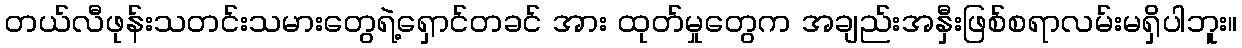
တယ်လီဖုန်းသတင်းသမားတွေရဲ့ရှောင်တခင် အား ထုတ်မှုတွေက အချည်းအနှီးဖြစ်စရာလမ်းမရှိပါဘူး။